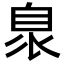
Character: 𦤌